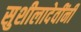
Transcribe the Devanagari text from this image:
सुशीलादेवींनी